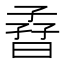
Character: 孴